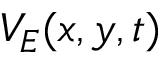
V _ { E } ( x , y , t )